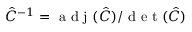
\hat { C } ^ { - 1 } = \textrm { a d j } ( \hat { C } ) / \textrm { d e t } ( \hat { C } )